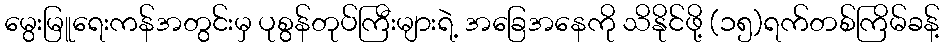
မွေးမြူရေးကန်အတွင်းမှ ပုစွန်တုပ်ကြီးများရဲ့ အခြေအနေကို သိနိုင်ဖို့ (၁၅)ရက်တစ်ကြိမ်ခန့်